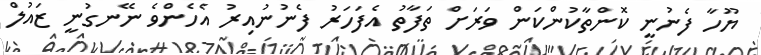
ޔޫހާ ފެނުނީ ކޮންތާކުންކަން ވަރަށް ތަފާތު އެފަހަރު ފެނުނުއިރު އެހެންވެ ނޭނގުނީ ޒައުލް